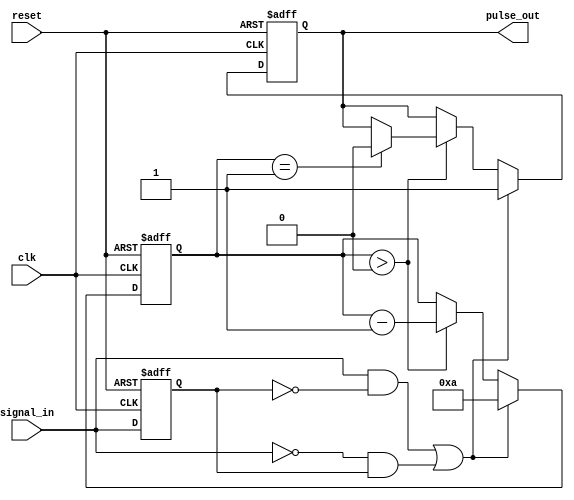
module monostable_edge_detector #(
    parameter pulse_width = 10 // configurable pulse width in clock cycles
) (
    input wire clk,              // Clock signal
    input wire reset,            // Asynchronous reset
    input wire signal_in,        // Input signal
    output reg pulse_out         // Output pulse
);

// Internal signals
reg signal_in_d;               // Delayed version of signal_in
reg [3:0] counter;             // Counter for pulse width

// Edge detection
wire rising_edge = (signal_in && !signal_in_d); // Rising edge detection
wire falling_edge = (!signal_in && signal_in_d); // Falling edge detection

// Sequential logic for edge detection and pulse generation
always @(posedge clk or posedge reset) begin
    if (reset) begin
        pulse_out <= 0;          // Reset pulse output
        counter <= 0;            // Reset counter
        signal_in_d <= 0;        // Reset delayed input
    end else begin
        signal_in_d <= signal_in; // Store the previous state of signal_in
        
        if (rising_edge || falling_edge) begin
            pulse_out <= 1;       // Generate pulse
            counter <= pulse_width; // Start counter for pulse width
        end else if (counter > 0) begin
            counter <= counter - 1; // Decrement counter
            if (counter == 1) begin
                pulse_out <= 0;    // End pulse generation
            end
        end
    end
end

endmodule